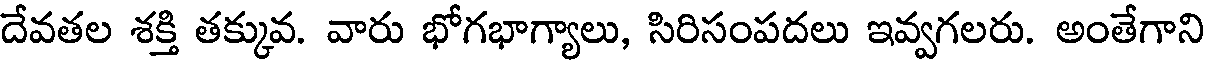
దేవతల శక్తి తక్కువ. వారు భోగభాగ్యాలు, సిరిసంపదలు ఇవ్వగలరు. అంతేగాని